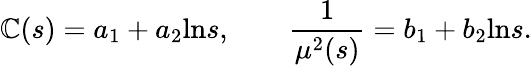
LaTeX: \mathbb{C}(s)=a_{1}+a_{2}\mathrm{{ln}}s,\qquad{\frac{{1}}{{\mu^{2}(s)}}}=b_{1}+b_{2}\mathrm{{ln}}s.